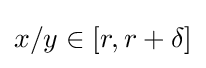
x/y\in [r,r+\delta ]